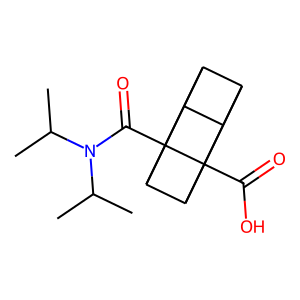
SMILES: CC(C)N(C(=O)C12C3C4C5C3C1(C(=O)O)C5C42)C(C)C
Inhibits HIV replication: No